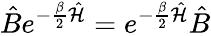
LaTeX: \hat{B}e^{-\frac{\beta}{2}\hat{\mathcal{H}}}=e^{-\frac{\beta}{2}\hat{\mathcal{H}}}\hat{B}